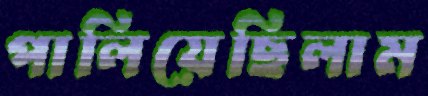
পালিয়েছিলাম